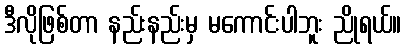
ဒီလိုဖြစ်တာ နည်းနည်းမှ မကောင်းပါဘူး ညိုရယ်။